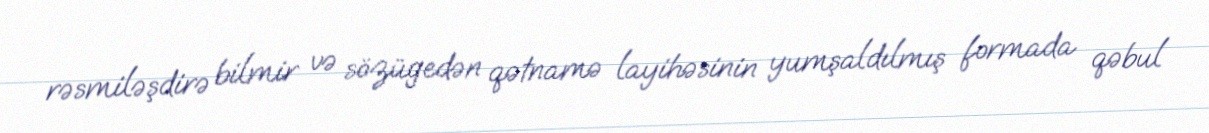
rəsmiləşdirə bilmir və sözügedən qətnamə layihəsinin yumşaldılmış formada qəbul